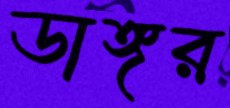
ডাঙ্গর